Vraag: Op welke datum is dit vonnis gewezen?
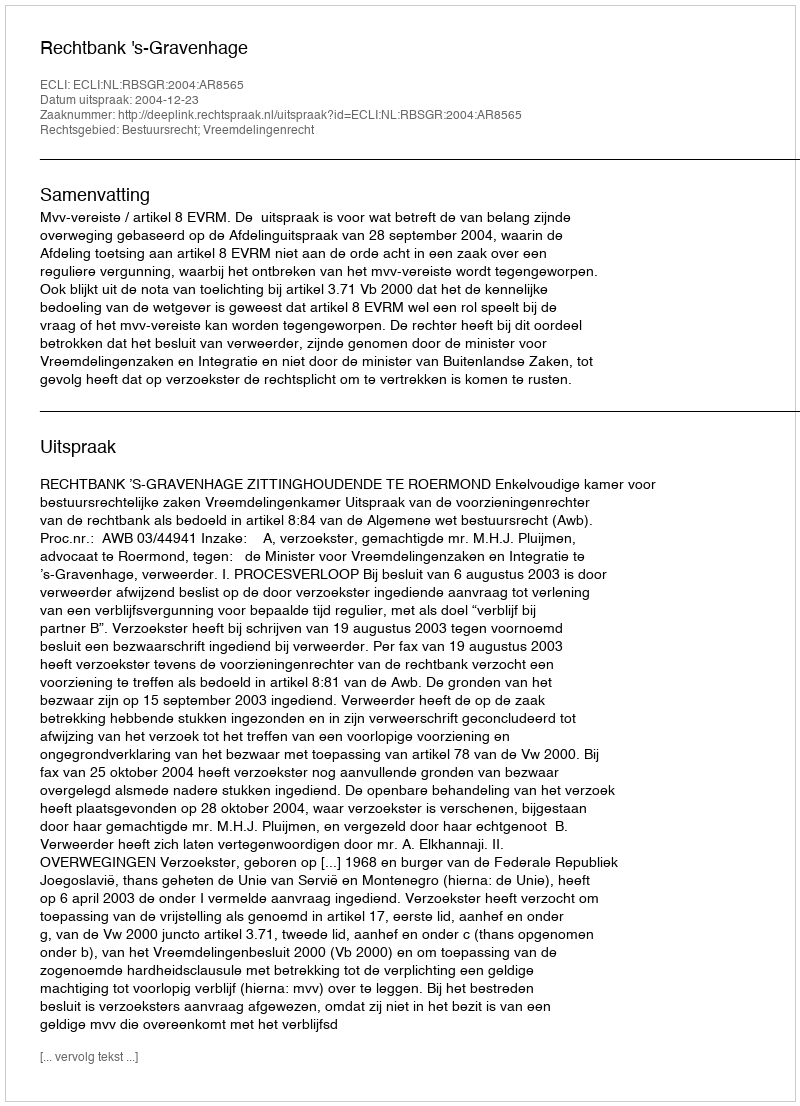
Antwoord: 2004-12-23